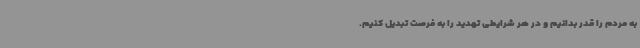
به مردم را قدر بدانیم و در هر شرایطی تهدید را به فرصت تبدیل کنیم.